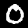
Digit: 0